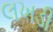
લખડી